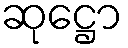
ဆုဋ္ဌော